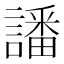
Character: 譒